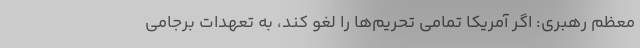
معظم رهبری: اگر آمریکا تمامی تحریم‌ها را لغو کند، به تعهدات برجامی